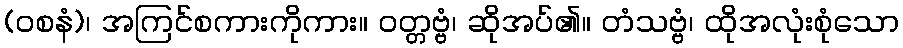
(ဝစနံ)၊ အကြင်စကားကိုကား။ ဝတ္တဗ္ဗံ၊ ဆိုအပ်၏။ တံသဗ္ဗံ၊ ထိုအလုံးစုံသော